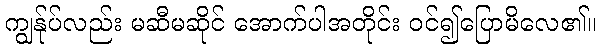
ကျွန်ုပ်လည်း မဆီမဆိုင် အောက်ပါအတိုင်း ဝင်၍ပြောမိလေ၏။